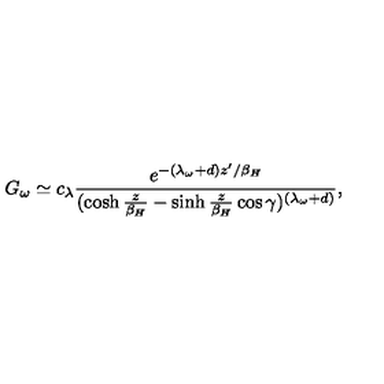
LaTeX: G _ { \omega } \simeq c _ { \lambda } { \frac { e ^ { - ( \lambda _ { \omega } + d ) z ^ { \prime } / \beta _ { H } } } { ( \cosh { \frac { z } { \beta _ { H } } } - \sinh { \frac { z } { \beta _ { H } } } \cos \gamma ) ^ { ( \lambda _ { \omega } + d ) } } } ,